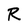
Character: R